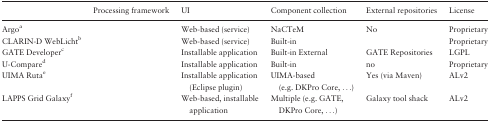
<table><thead><tr><td>[EMPTY_CELL]</td><td><b>Processing framework</b></td><td><b>UI</b></td><td><b>Component collection</b></td><td><b>External repositories</b></td><td><b>License</b></td></tr></thead><tbody><tr><td>Argo<sup>a</sup></td><td>[EMPTY_CELL]</td><td>Web-based (service)</td><td>NaCTeM</td><td>No</td><td>Proprietary</td></tr><tr><td>CLARIN-D WebLicht<sup>b</sup></td><td>[EMPTY_CELL]</td><td>Web-based (service)</td><td>Built-in</td><td>[EMPTY_CELL]</td><td>Proprietary</td></tr><tr><td>GATE Developer<sup>c</sup></td><td>[EMPTY_CELL]</td><td>Installable application</td><td>Built-in External</td><td>GATE Repositories</td><td>LGPL</td></tr><tr><td>U-Compare<sup>d</sup></td><td>[EMPTY_CELL]</td><td>Installable application</td><td>Built-in</td><td>no</td><td>Proprietary</td></tr><tr><td>UIMA Ruta<sup>e</sup></td><td>[EMPTY_CELL]</td><td>Installable application (Eclipse plugin)</td><td>UIMA-based (e.g. DKPro Core, ...)</td><td>Yes (via Maven)</td><td>ALv2</td></tr><tr><td>LAPPS Grid Galaxy<sup>f</sup></td><td>[EMPTY_CELL]</td><td>Web-based, installable application</td><td>Multiple (e.g. GATE, DKPro Core, ...)</td><td>Galaxy tool shack</td><td>ALv2</td></tr></tbody></table>